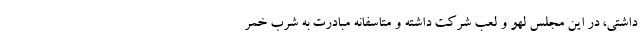
داشتی، در این مجلس لهو و لعب شرکت داشته و متاسفانه مبادرت به شرب خمر